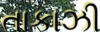
તાકાઝી